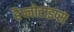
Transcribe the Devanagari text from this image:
हैप्लोटाइप्स